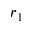
r _ { 1 }